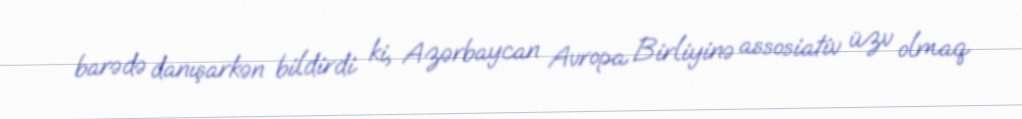
barədə danışarkən bildirdi ki, Azərbaycan Avropa Birliyinə assosiativ üzv olmaq